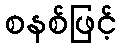
စနစ်ဖြင့်